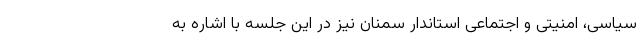
سیاسی، امنیتی و اجتماعی استاندار سمنان نیز در این جلسه با اشاره به